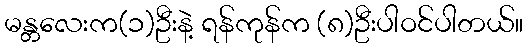
မန္တလေးက(၁)ဦးနဲ့ ရန်ကုန်က (၈)ဦးပါဝင်ပါတယ်။